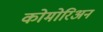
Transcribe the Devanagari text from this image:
कोमोरिअन